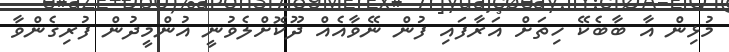
މުޅިން އާ ބާބެކޭ ހިތަށް އަރާފައި ފުން ނޭވާއެއް ދޫކޮށްލެވުނީ އުންމީދުން ފުރިގެންވާ